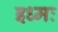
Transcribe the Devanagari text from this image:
इध्मः